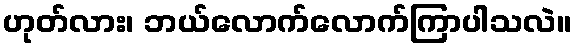
ဟုတ်လား၊ ဘယ်လောက်လောက်ကြာပါသလဲ။